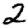
Digit: 2